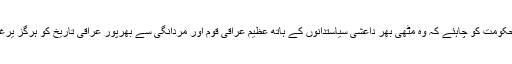
انہوں نے کہا کہ حکومت کو چاہئے کہ وہ مٹھی بھر داعشی سیاستدانوں کے ہاتھ عظیم عراقی قوم اور مردانگی سے بھرپور عراقی تاریخ کو ہرگز یرغمال نہ ہونے دے۔